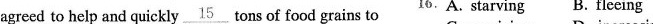
agreed to help and quickly \underline{15} tons of food grains to 16.A. starving B. fleeing